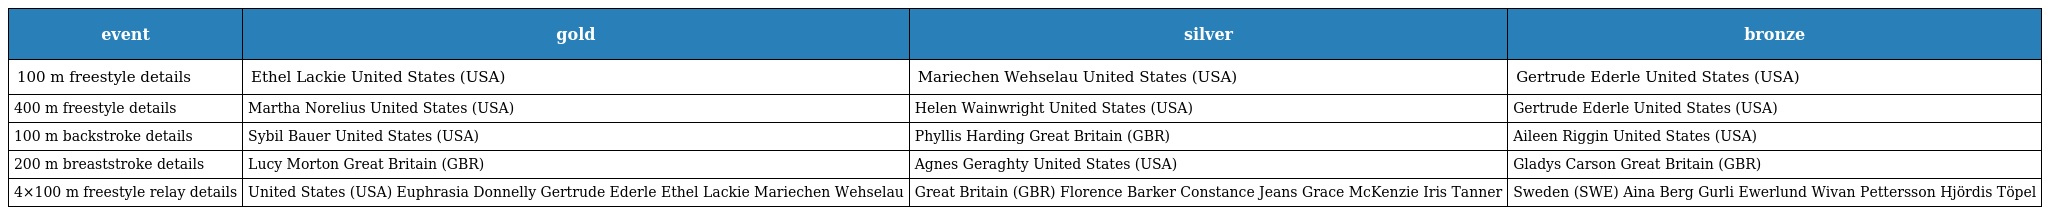
| event | gold | silver | bronze |
 | --- | --- | --- | --- |
 | 100 m freestyle details | Ethel Lackie United States (USA) | Mariechen Wehselau United States (USA) | Gertrude Ederle United States (USA) |
 | 400 m freestyle details | Martha Norelius United States (USA) | Helen Wainwright United States (USA) | Gertrude Ederle United States (USA) |
 | 100 m backstroke details | Sybil Bauer United States (USA) | Phyllis Harding Great Britain (GBR) | Aileen Riggin United States (USA) |
 | 200 m breaststroke details | Lucy Morton Great Britain (GBR) | Agnes Geraghty United States (USA) | Gladys Carson Great Britain (GBR) |
 | 4×100 m freestyle relay details | United States (USA) Euphrasia Donnelly Gertrude Ederle Ethel Lackie Mariechen Wehselau | Great Britain (GBR) Florence Barker Constance Jeans Grace McKenzie Iris Tanner | Sweden (SWE) Aina Berg Gurli Ewerlund Wivan Pettersson Hjördis Töpel |